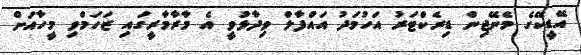
އޭޑީކޭގެ މެނޭޖިން ޑިރެކްޓަރު އަހުމަދު އައްފާލް ވިދާޅުވީ އެ މާރާމާރީގައި ޒަހަމްވި މީހާއަށް